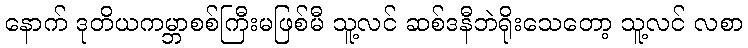
နောက် ဒုတိယကမ္ဘာစစ်ကြီးမဖြစ်မီ သူ့လင် ဆစ်ဒနီဘဲရိုးသေတော့ သူ့လင် လစာ